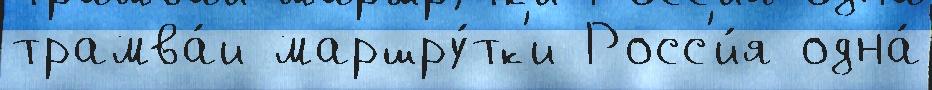
трамва́и маршру́тк'и Росс'и́я одна́